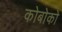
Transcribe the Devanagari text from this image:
कोबोको